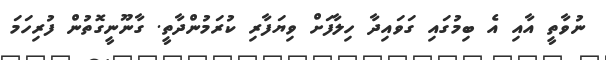
ނުވާތީ އާއި އެ ބިމުގައި ގަވައިދާ ހިލާފަށް ވިޔަފާރި ކުރަމުންދާތީ. ގާނޫނީގޮތުން ފުރިހަމަ